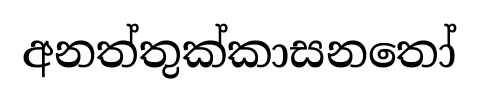
අනත්තුක්කාසනතෝ